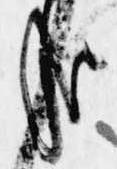
哉